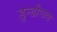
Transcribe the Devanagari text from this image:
डुन्डीगल